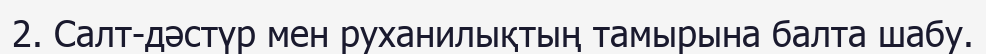
2. Салт-дәстүр мен руханилықтың тамырына балта шабу.